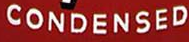
CONDENSED